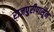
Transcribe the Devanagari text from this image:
राजपुरीपासून